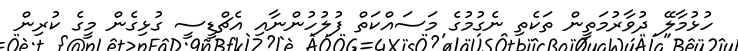
ހުޅުމާލޭ ދުވާރުމަތީން ތަކެތި ނެގުމުގެ މަސައްކަތް ފުލުހުންނާއި އެޗްޑީސީ ގުޅިގެން މީގެ ކުރިން